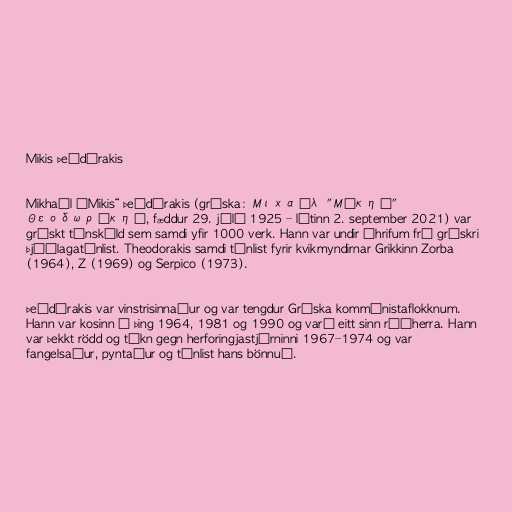
Mikis Þeódórakis

Mikhaíl „Mikis“ Þeódórakis (gríska: Μιχαήλ "Μίκης"
Θεοδωράκης, fæddur 29. júlí 1925 – látinn 2. september 2021) var
grískt tónskáld sem samdi yfir 1000 verk. Hann var undir áhrifum frá grískri
þjóðlagatónlist. Theodorakis samdi tónlist fyrir kvikmyndirnar Grikkinn Zorba
(1964), Z (1969) og Serpico (1973).

Þeódórakis var vinstrisinnaður og var tengdur Gríska kommúnistaflokknum.
Hann var kosinn á þing 1964, 1981 og 1990 og varð eitt sinn ráðherra. Hann
var þekkt rödd og tákn gegn herforingjastjórninni 1967–1974 og var
fangelsaður, pyntaður og tónlist hans bönnuð.